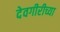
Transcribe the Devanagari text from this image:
देवगीरीच्या